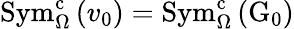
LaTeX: \mathrm{Sym}_{\Omega}^{\mathrm{c}}\left(v_{0}\right)=\mathrm{Sym}_{\Omega}^{\mathrm{c}}\left(\mathrm{G}_{0}\right)